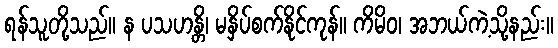
ရန်သူတို့သည်။ န ပသဟန္တိ၊ မနှိပ်စက်နိုင်ကုန်။ ကိမိဝ၊ အဘယ်ကဲ့သို့နည်း။